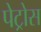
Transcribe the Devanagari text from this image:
पेट्रोस